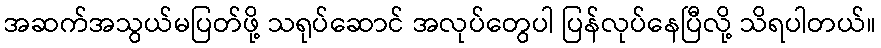
အဆက်အသွယ်မပြတ်ဖို့ သရုပ်ဆောင် အလုပ်တွေပါ ပြန်လုပ်နေပြီလို့ သိရပါတယ်။